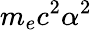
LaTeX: m_{e}c^{2}\alpha^{2}